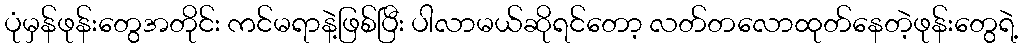
ပုံမှန်ဖုန်းတွေအတိုင်း ကင်မရာနဲ့ဖြစ်ပြီး ပါလာမယ်ဆိုရင်တော့ လတ်တလောထုတ်နေတဲ့ဖုန်းတွေရဲ့